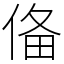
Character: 俻